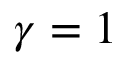
\gamma = 1